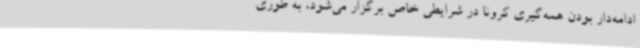
ادامه‌دار بودن همه‌گیری کرونا در شرایطی خاص برگزار می‌شود، به طوری